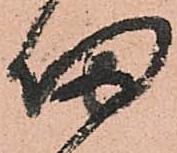
帰